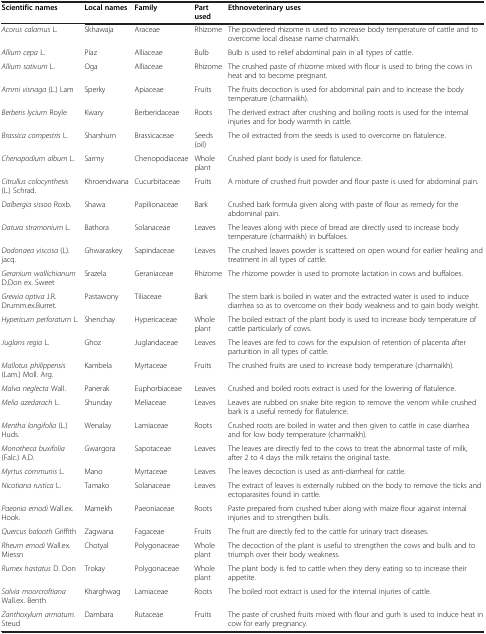
<table><thead><tr><td><b>Scientific names</b></td><td><b>Local names</b></td><td><b>Family</b></td><td><b>Part used</b></td><td><b>Ethnoveterinary uses</b></td></tr></thead><tbody><tr><td><i>Acorus calamus</i> L.</td><td>Skhawaja</td><td>Araceae</td><td>Rhizome</td><td>The powdered rhizome is used to increase body temperature of cattle and to overcome local disease name charmaikh.</td></tr><tr><td><i>Allium cepa</i> L.</td><td>Piaz</td><td>Alliaceae</td><td>Bulb</td><td>Bulb is used to relief abdominal pain in all types of cattle.</td></tr><tr><td><i>Allium sativum</i> L.</td><td>Oga</td><td>Alliaceae</td><td>Rhizome</td><td>The crushed paste of rhizome mixed with flour is used to bring the cows in heat and to become pregnant.</td></tr><tr><td><i>Ammi visnaga</i> (L.) Lam</td><td>Sperky</td><td>Apiaceae</td><td>Fruits</td><td>The fruits decoction is used for abdominal pain and to increase the body temperature (charmaikh).</td></tr><tr><td><i>Berberis lycium</i> Royle</td><td>Kwary</td><td>Berberidaceae</td><td>Roots</td><td>The derived extract after crushing and boiling roots is used for the internal injuries and for body warmth in cattle.</td></tr><tr><td><i>Brassica compestris</i> L.</td><td>Sharshum</td><td>Brassicaceae</td><td>Seeds (oil)</td><td>The oil extracted from the seeds is used to overcome on flatulence.</td></tr><tr><td><i>Chenopodium album</i> L.</td><td>Sarmy</td><td>Chenopodiaceae</td><td>Whole plant</td><td>Crushed plant body is used for flatulence.</td></tr><tr><td><i>Citrullus colocynthesis</i> (L.) Schrad.</td><td>Khroendwana</td><td>Cucurbitaceae</td><td>Fruits</td><td>A mixture of crushed fruit powder and flour paste is used for abdominal pain.</td></tr><tr><td><i>Dalbergia sissoo</i> Roxb.</td><td>Shawa</td><td>Papilionaceae</td><td>Bark</td><td>Crushed bark formula given along with paste of flour as remedy for the abdominal pain.</td></tr><tr><td><i>Datura stramonium</i> L.</td><td>Bathora</td><td>Solanaceae</td><td>Leaves</td><td>The leaves along with piece of bread are directly used to increase body temperature (charmaikh) in buffaloes.</td></tr><tr><td><i>Dodonaea viscosa</i> (L). jacq.</td><td>Ghwaraskey</td><td>Sapindaceae</td><td>Leaves</td><td>The crushed leaves powder is scattered on open wound for earlier healing and treatment in all types of cattle.</td></tr><tr><td><i>Geranium wallichianum</i> D.Don ex. Sweet</td><td>Srazela</td><td>Geraniaceae</td><td>Rhizome</td><td>The rhizome powder is used to promote lactation in cows and buffaloes.</td></tr><tr><td><i>Grewia optiva</i> J.R. Drumm.ex.Burret.</td><td>Pastawony</td><td>Tiliaceae</td><td>Bark</td><td>The stem bark is boiled in water and the extracted water is used to induce diarrhea so as to overcome on their body weakness and to gain body weight.</td></tr><tr><td><i>Hypericum perforatum</i> L.</td><td>Shenchay</td><td>Hypericaceae</td><td>Whole plant</td><td>The boiled extract of the plant body is used to increase body temperature of cattle particularly of cows.</td></tr><tr><td><i>Juglans regia</i> L.</td><td>Ghoz</td><td>Juglandaceae</td><td>Leaves</td><td>The leaves are fed to cows for the expulsion of retention of placenta after parturition in all types of cattle.</td></tr><tr><td><i>Mallotus philippensis</i> (Lam.) Moll. Arg.</td><td>Kambela</td><td>Myrtaceae</td><td>Fruits</td><td>The crushed fruits are used to increase body temperature (charmaikh).</td></tr><tr><td><i>Malva neglecta</i> Wall.</td><td>Panerak</td><td>Euphorbiaceae</td><td>Leaves</td><td>Crushed and boiled roots extract is used for the lowering of flatulence.</td></tr><tr><td><i>Melia azedarach</i> L.</td><td>Shunday</td><td>Meliaceae</td><td>Leaves</td><td>Leaves are rubbed on snake bite region to remove the venom while crushed bark is a useful remedy for flatulence.</td></tr><tr><td><i>Mentha longifolia</i> (L.) Huds.</td><td>Wenalay</td><td>Lamiaceae</td><td>Roots</td><td>Crushed roots are boiled in water and then given to cattle in case diarrhea and for low body temperature (charmaikh).</td></tr><tr><td><i>Monotheca buxifolia</i> (Falc.) A.D.</td><td>Gwargora</td><td>Sapotaceae</td><td>Leaves</td><td>The leaves are directly fed to the cows to treat the abnormal taste of milk, after 2 to 4 days the milk retains the original taste.</td></tr><tr><td><i>Myrtus communis</i> L.</td><td>Mano</td><td>Myrtaceae</td><td>Leaves</td><td>The leaves decoction is used as anti-diarrheal for cattle.</td></tr><tr><td><i>Nicotiana rustica</i> L.</td><td>Tamako</td><td>Solanaceae</td><td>Leaves</td><td>The extract of leaves is externally rubbed on the body to remove the ticks and ectoparasites found in cattle.</td></tr><tr><td><i>Paeonia emodi</i> Wall.ex.Hook.</td><td>Mamekh</td><td>Paeoniaceae</td><td>Roots</td><td>Paste prepared from crushed tuber along with maize flour against internal injuries and to strengthen bulls.</td></tr><tr><td><i>Quercus balooth</i> Griffith</td><td>Zagwana</td><td>Fagaceae</td><td>Fruits</td><td>The fruit are directly fed to the cattle for urinary tract diseases.</td></tr><tr><td><i>Rheum emodi</i> Wall.ex.Miessn</td><td>Chotyal</td><td>Polygonaceae</td><td>Whole plant</td><td>The decoction of the plant is useful to strengthen the cows and bulls and to triumph over their body weakness.</td></tr><tr><td><i>Rumex hastatus</i> D. Don</td><td>Trokay</td><td>Polygonaceae</td><td>Whole plant</td><td>The plant body is fed to cattle when they deny eating so to increase their appetite.</td></tr><tr><td><i>Salvia moorcroftiana</i> Wall.ex. Benth</td><td>Kharghwag</td><td>Lamiaceae</td><td>Roots</td><td>The boiled root extract is used for the internal injuries of cattle.</td></tr><tr><td><i>Zanthoxylum armatum.</i> Steud</td><td>Dambara</td><td>Rutaceae</td><td>Fruits</td><td>The paste of crushed fruits mixed with flour and gurh is used to induce heat in cow for early pregnancy.</td></tr></tbody></table>